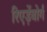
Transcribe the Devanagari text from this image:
रिएड़ेंबोर्ग